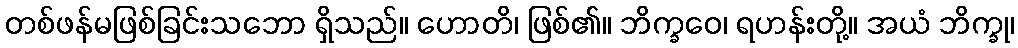
တစ်ဖန်မဖြစ်ခြင်းသဘော ရှိသည်။ ဟောတိ၊ ဖြစ်၏။ ဘိက္ခဝေ၊ ရဟန်းတို့။ အယံ ဘိက္ခု၊